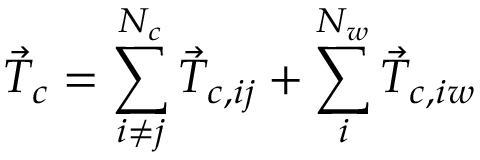
\vec { T } _ { c } = \sum _ { i \neq j } ^ { N _ { c } } \vec { T } _ { c , i j } + \sum _ { i } ^ { N _ { w } } \vec { T } _ { c , i w }